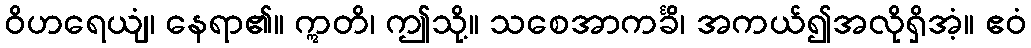
ဝိဟရေယျံ၊ နေရာ၏။ ဣတိ၊ ဤသို့။ သစေအာကင်္ခိ၊ အကယ်၍အလိုရှိအံ့။ ဧဝံ